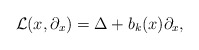
\begin{align*} {\mathcal L}(x,\partial_x)=\Delta + b_k(x)\partial_x, \end{align*}